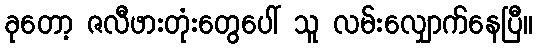
ခုတော့ ဇလီဖားတုံးတွေပေါ် သူ လမ်းလျှောက်နေပြီ။